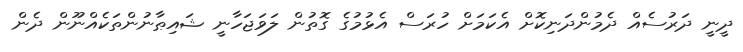
ދީނީ ދަރުސެއް ދެމުންދަނިކޮށް އެކަމަށް ހުރަސް އެޅުމުގެ ގޮތުން ލަވަޖަހާނީ ޝައިޠާނުންތަކެއްނޫން ދެން